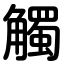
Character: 觸